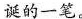
诞的一笔。